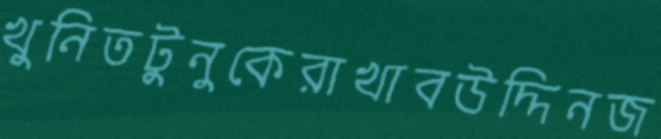
খুনিতটুনুকেরাখাবউদ্দিনজ